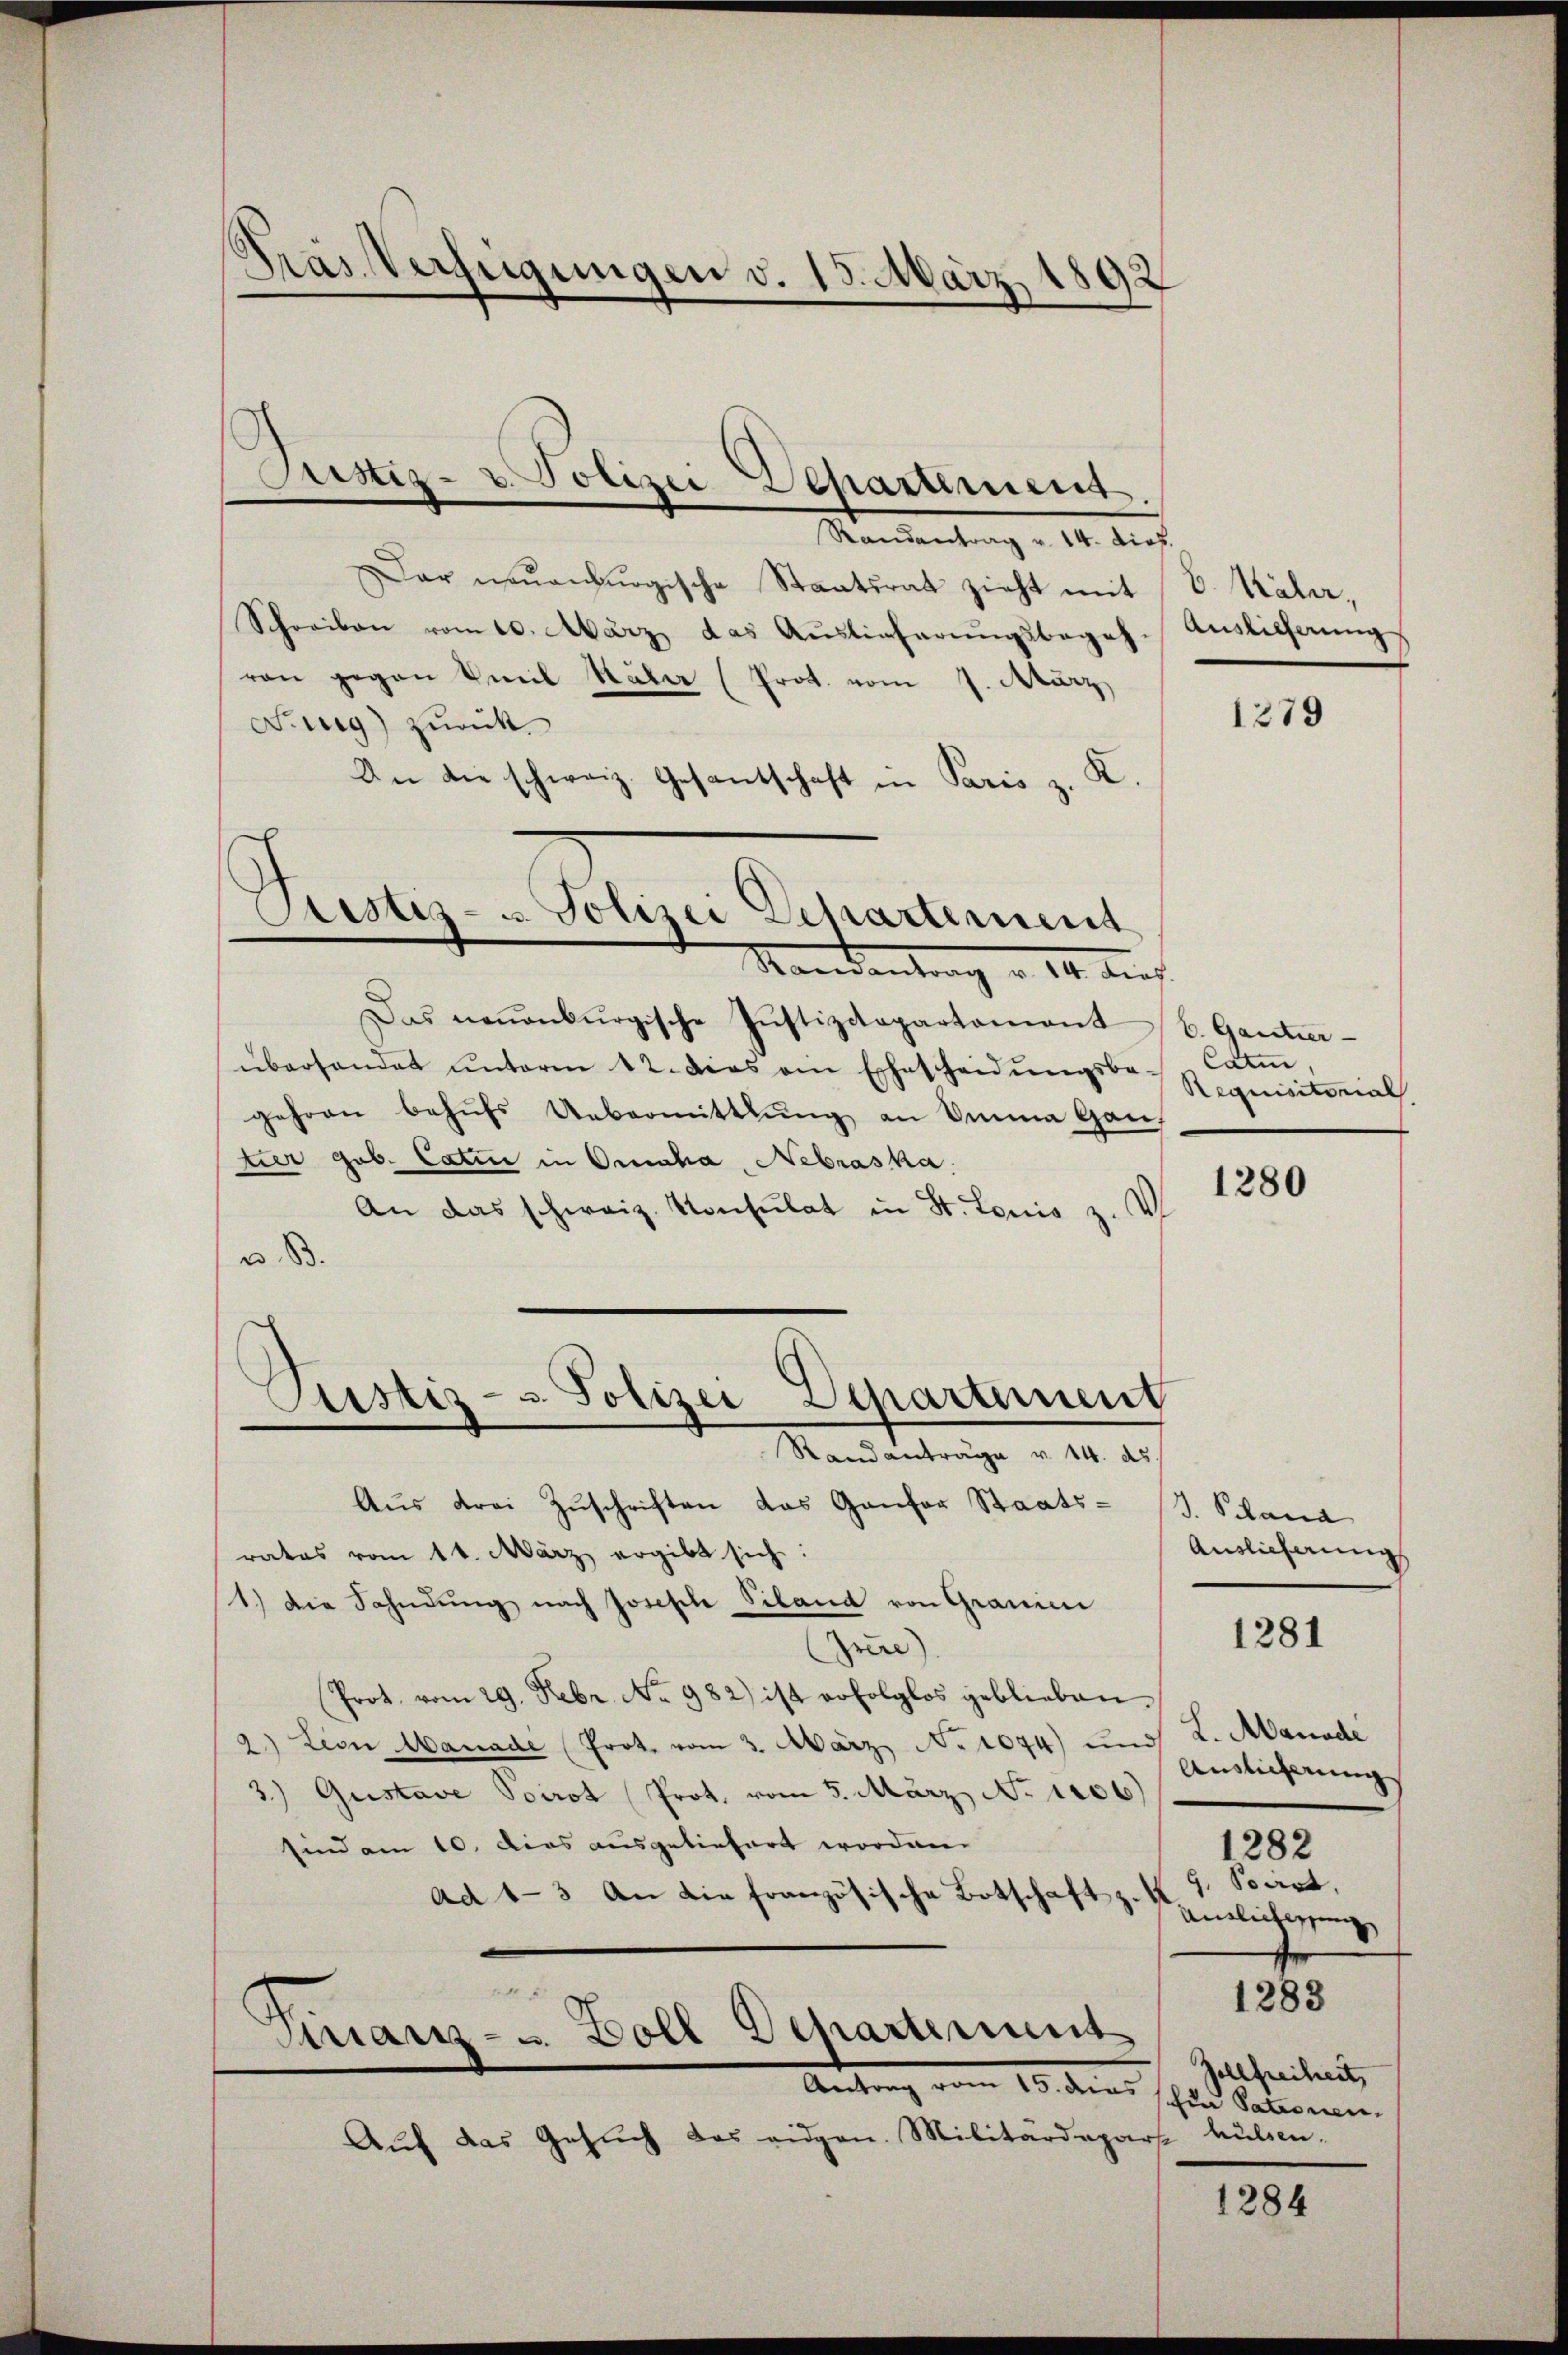
Pras Verfügungen v. 15. März 1892

Justiz- u. Polizei Departement

Randantrag v. 14. Prof.
Dar neŭenuogische Staatsrat zieht mit
Schreiben vom 10. März das Auslieferŭngsbegeh-
ran gegen Emil Häber (Prot. vom 7. März,
Noug) zurück
X.
An die schweiz. Gesantschaft in Paris z.

Pristiz- u. Polizei Departement
Mandantung v. 14. Auch

Justiz- & Polizei Departement
Randantrage v. 14. ds

Das neuenburgische Justizcopartament b. Gantner-
überhandet ŭnterm 12. das ein Ehescheidŭngsbe-Catin,
gehren behŭfs Uebermittlung an Imma Ganz
tier gob. Catin in Oraha, Nebraska
An das schweiz. Konsulat in St. Louis 3
u. 83.
Aus drei Zuschriften das Gantor Staats-
rates vom 11. März ergibt sich:
1.) Die Sahndung nach Joseph Piland von Granici
Irene
Prot. vom 29. Febr. No. 982) ist erfolglos geblieben.
2) Lion Manade (Prot. vom 3. März. No 1074) und
3.) Gustave Poirot Prot. vom 5. März No. 1106)
sind am 10. dies ausgeliefert worden.
ad 1-3 An die französische Botschaft z.
seit
Finanz- u. Boll Departement
Antrag vom 15. ders schon Salomn
Auf das Gesuch das eidgen. Militärdepars hülsen-

b. Näher,
Auslieferung

1279

Requisitorial

1280

J. Schand
Auslieferung
L. Manade
Auslieferung
1282
g. Soart,
Antlicherung
1283
Zollfreiheit,

1281

1284